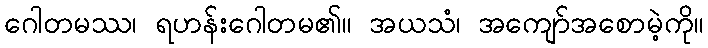
ဂေါတမဿ၊ ရဟန်းဂေါတမ၏။ အယသံ၊ အကျော်အစောမဲ့ကို။